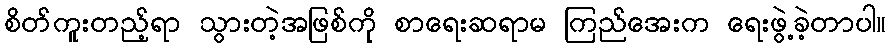
စိတ်ကူးတည့်ရာ သွားတဲ့အဖြစ်ကို စာရေးဆရာမ ကြည်အေးက ရေးဖွဲ့ခဲ့တာပါ။